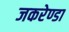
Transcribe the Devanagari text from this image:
जकरेण्डा